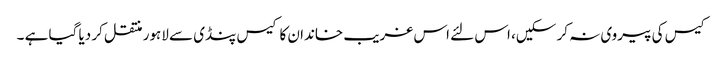
کیس کی پیروی نہ کر سکیں، اس لئے اس غریب خاندان کا کیس پنڈی سے لاہور منتقل کر دیا گیا ہے ۔